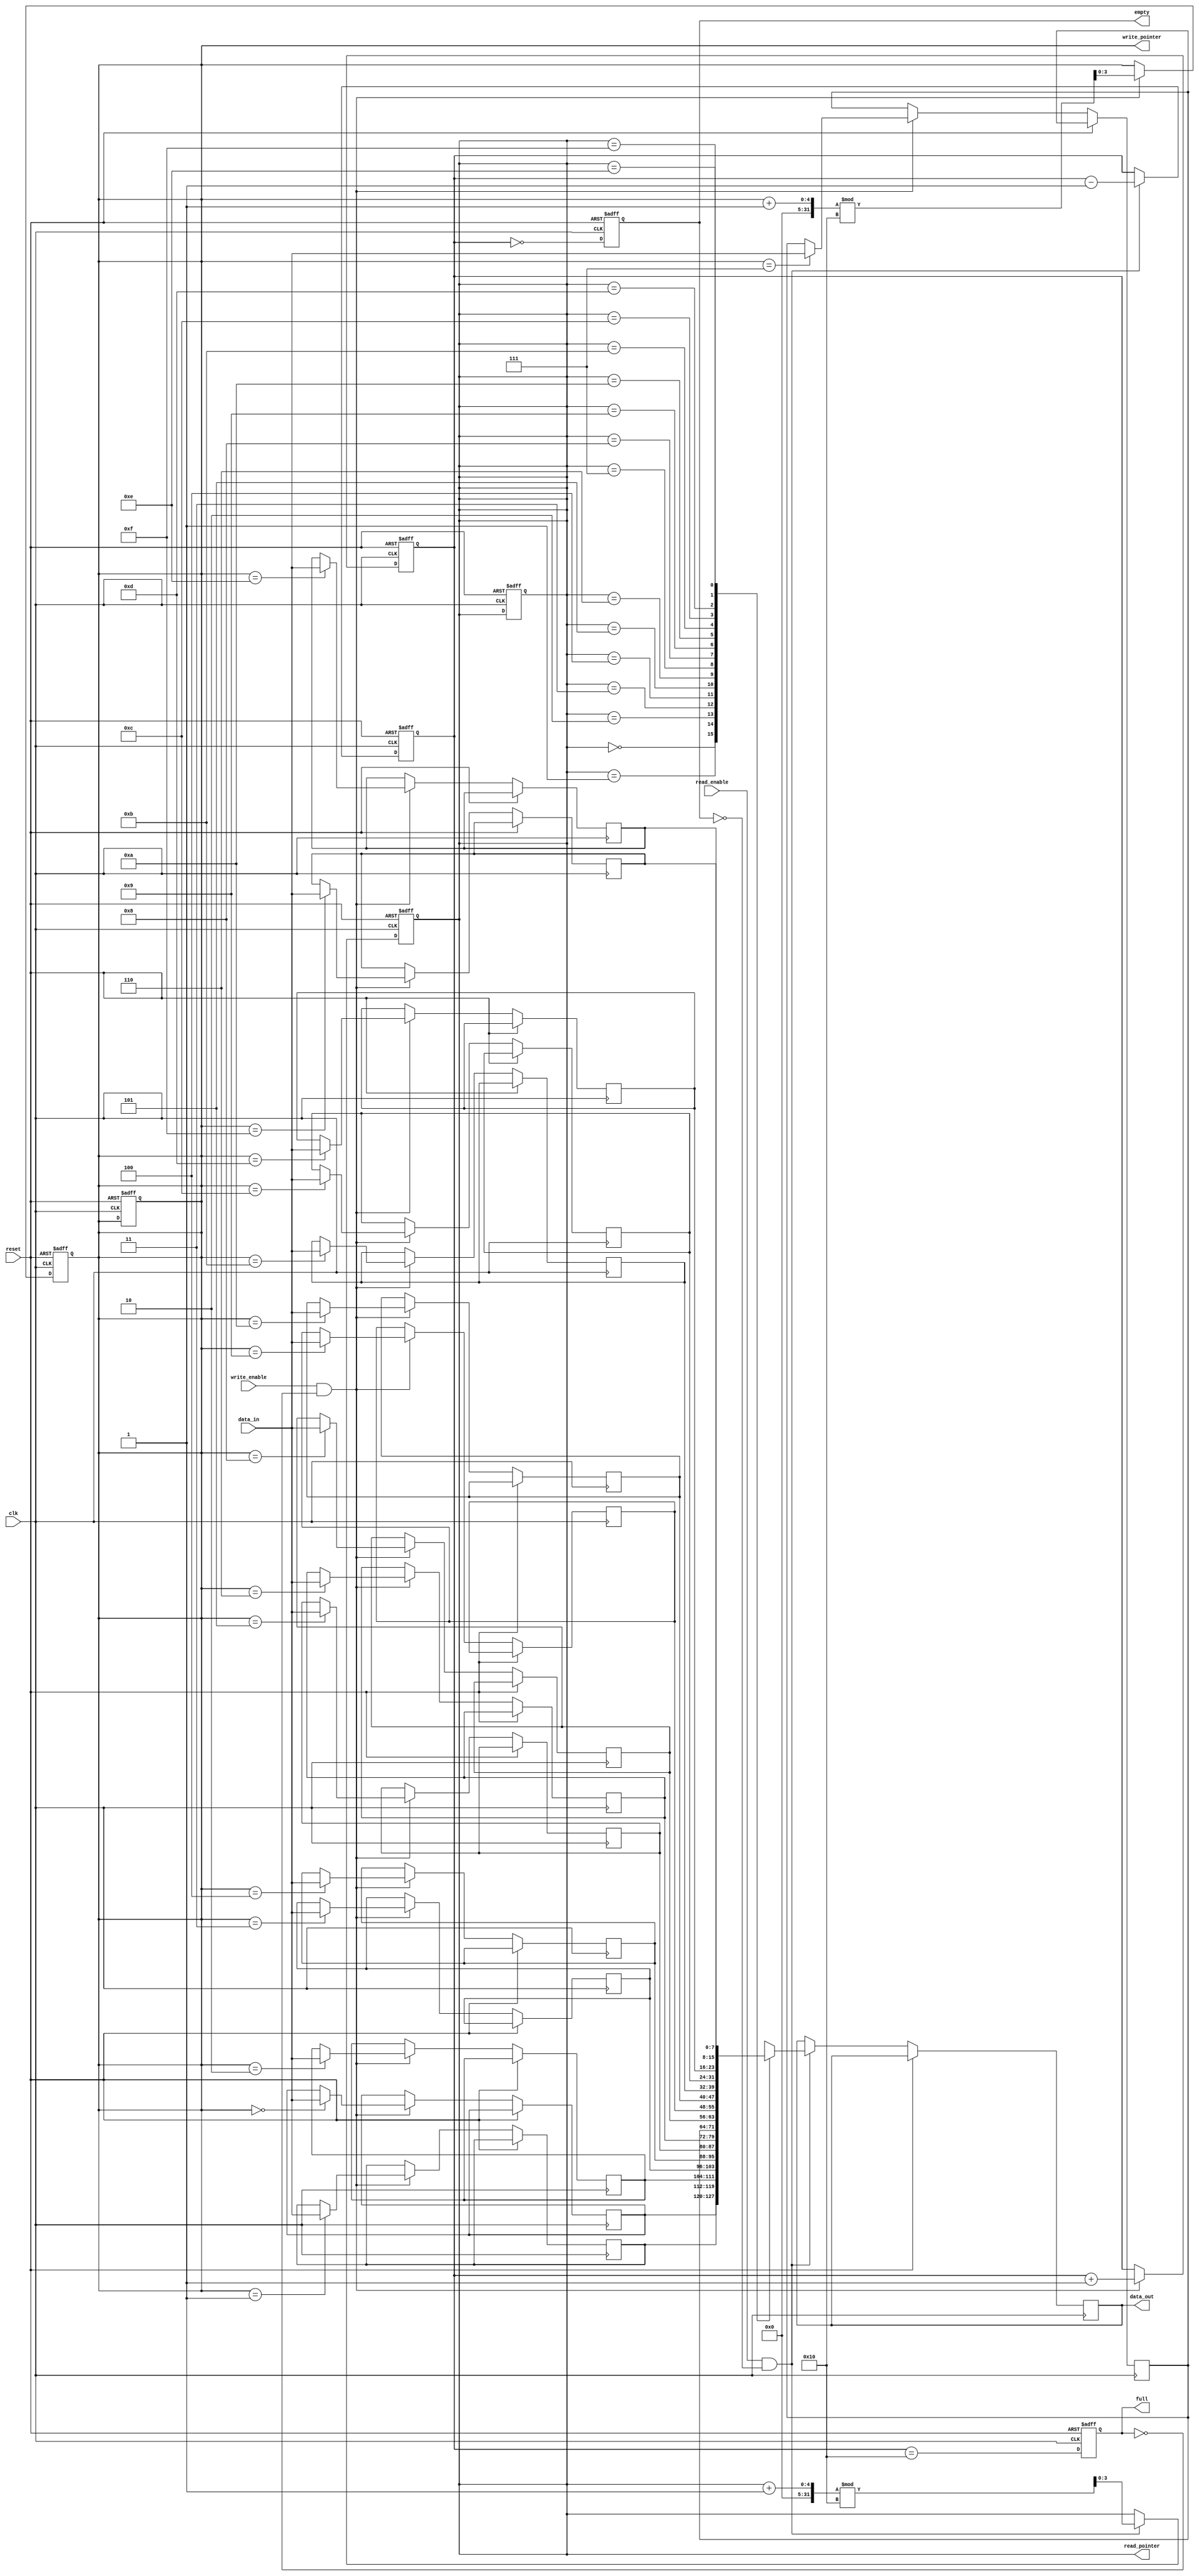
module parameterized_fifo #(
    parameter DATA_WIDTH = 8,       // Width of the data bus
    parameter FIFO_DEPTH = 16        // Depth of the FIFO
) (
    input wire clk,                  // Clock signal
    input wire reset,                // Active-high reset signal
    input wire [DATA_WIDTH-1:0] data_in, // Input data bus
    input wire write_enable,         // Write enable signal
    input wire read_enable,          // Read enable signal
    output reg [DATA_WIDTH-1:0] data_out, // Output data bus
    output reg full,                 // FIFO full status
    output reg empty,                // FIFO empty status
    output reg [$clog2(FIFO_DEPTH)-1:0] write_pointer, // Write pointer
    output reg [$clog2(FIFO_DEPTH)-1:0] read_pointer   // Read pointer
);

    // Internal memory array for FIFO storage
    reg [DATA_WIDTH-1:0] fifo_memory [0:FIFO_DEPTH-1];
    reg [$clog2(FIFO_DEPTH):0] item_count; // Counter for items in FIFO

    // Initialize FIFO
    initial begin
        write_pointer = 0;
        read_pointer = 0;
        item_count = 0;
        full = 0;
        empty = 1;
    end

    // Write operation
    always @(posedge clk or posedge reset) begin
        if (reset) begin
            write_pointer <= 0;
            read_pointer <= 0;
            item_count <= 0;
            full <= 0;
            empty <= 1;
        end else begin
            if (write_enable && !full) begin
                fifo_memory[write_pointer] <= data_in; // Write data to FIFO
                write_pointer <= (write_pointer + 1) % FIFO_DEPTH; // Circular increment
                item_count <= item_count + 1; // Increment item count
            end
            // Update full and empty flags
            full <= (item_count == FIFO_DEPTH);
            empty <= (item_count == 0);
        end
    end

    // Read operation
    always @(posedge clk or posedge reset) begin
        if (reset) begin
            write_pointer <= 0;
            read_pointer <= 0;
            item_count <= 0;
            full <= 0;
            empty <= 1;
        end else begin
            if (read_enable && !empty) begin
                data_out <= fifo_memory[read_pointer]; // Read data from FIFO
                read_pointer <= (read_pointer + 1) % FIFO_DEPTH; // Circular increment
                item_count <= item_count - 1; // Decrement item count
            end
            // Update full and empty flags
            full <= (item_count == FIFO_DEPTH);
            empty <= (item_count == 0);
        end
    end

endmodule